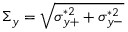
\Sigma _ { y } = \sqrt { \sigma _ { y + } ^ { * 2 } + \sigma _ { y - } ^ { * 2 } }